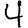
Digit: 4